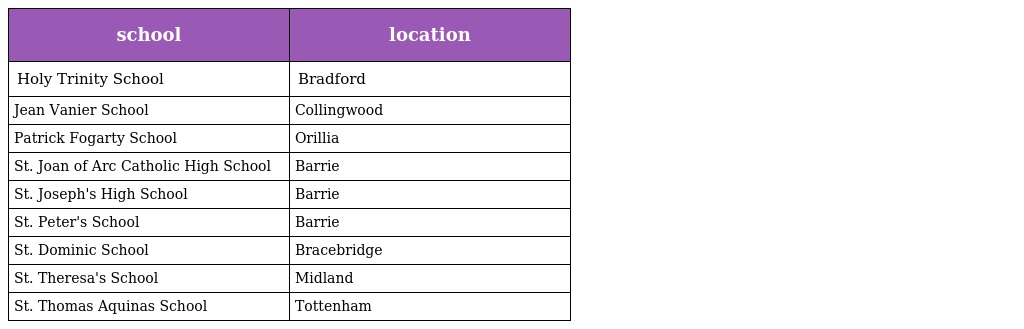
| school | location |
 | --- | --- |
 | Holy Trinity School | Bradford |
 | Jean Vanier School | Collingwood |
 | Patrick Fogarty School | Orillia |
 | St. Joan of Arc Catholic High School | Barrie |
 | St. Joseph's High School | Barrie |
 | St. Peter's School | Barrie |
 | St. Dominic School | Bracebridge |
 | St. Theresa's School | Midland |
 | St. Thomas Aquinas School | Tottenham |